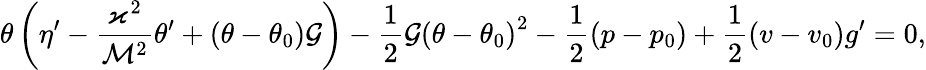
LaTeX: \theta\left(\eta^{\prime}-\frac{\varkappa^{2}}{\mathcal{M}^{2}}\theta^{\prime}+\left(\theta-\theta_{0}\right)\mathcal{G}\right)-\frac{1}{2}\mathcal{G}\left(\theta-\theta_{0}\right)^{2}-\frac{1}{2}(p-p_{0})+\frac{1}{2}(v-v_{0})g^{\prime}=0,